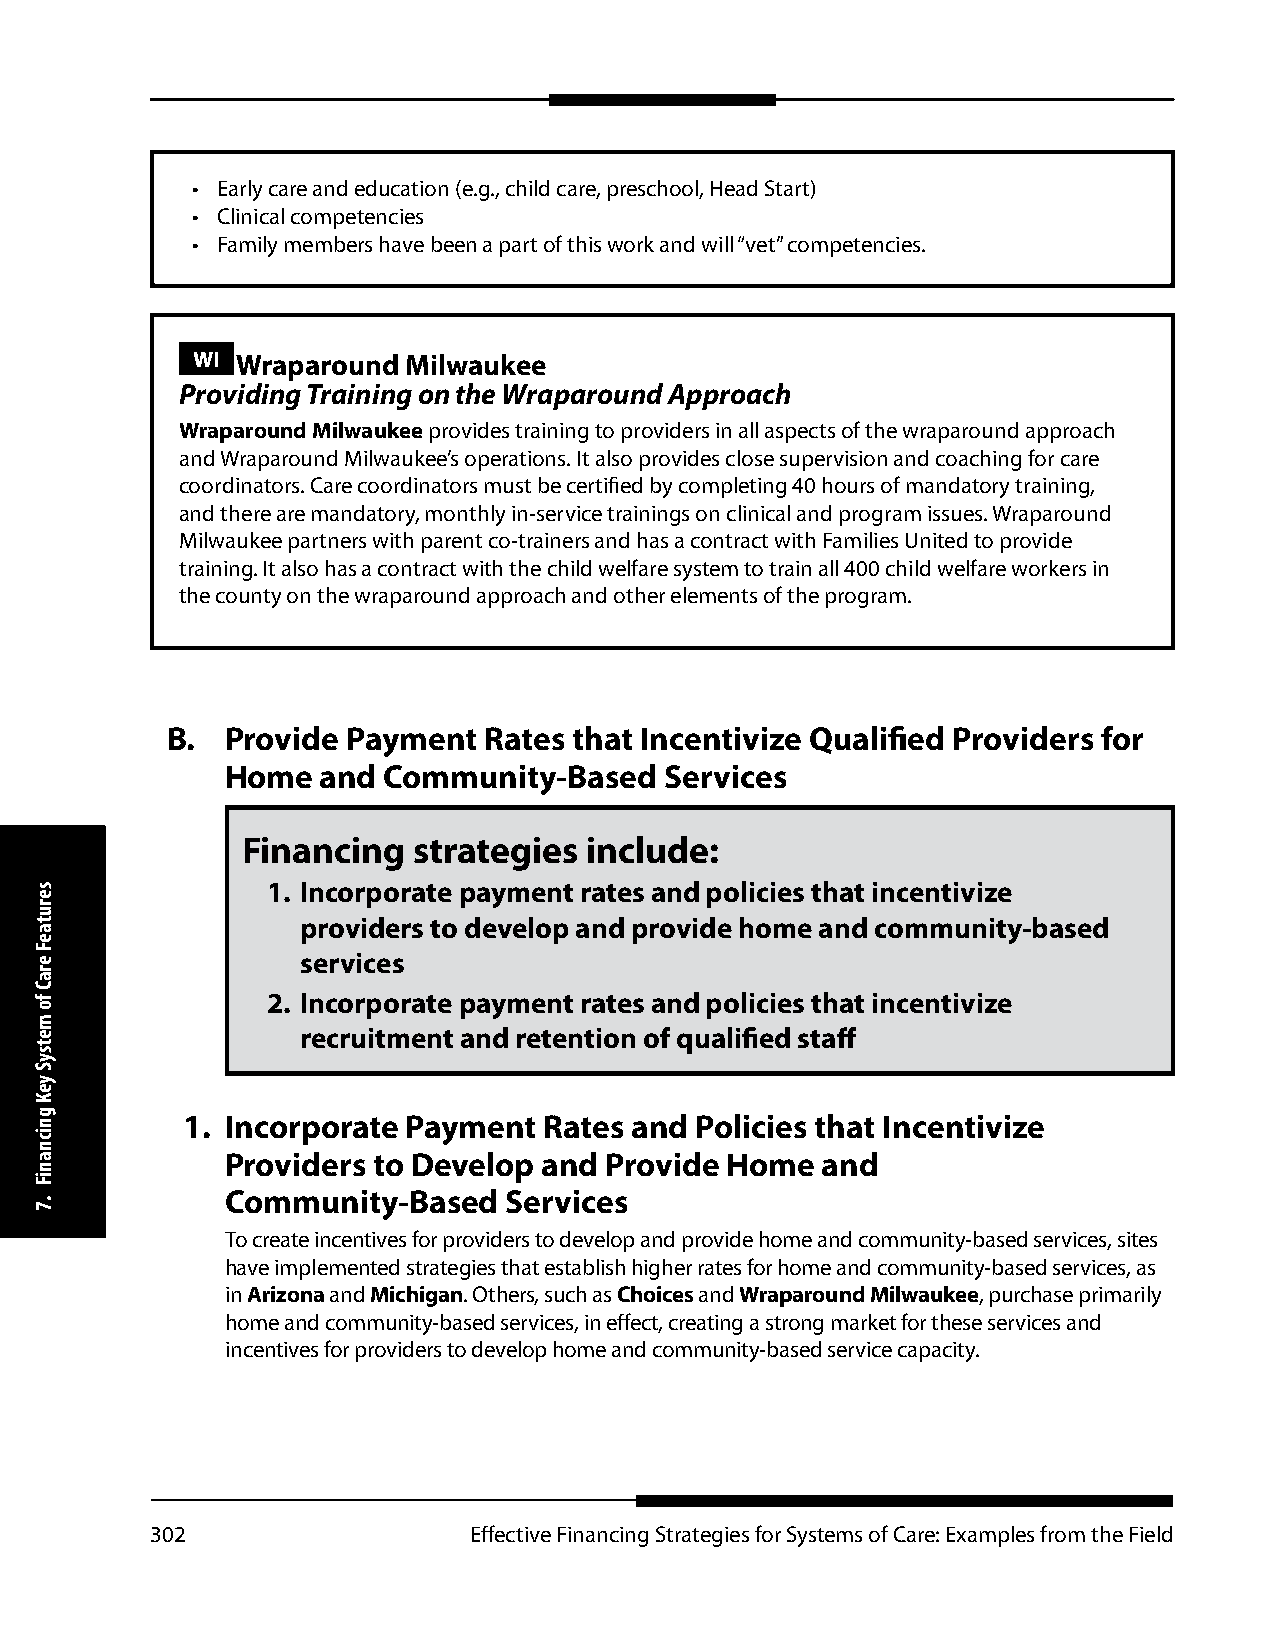
• Early care and education (e.g., child care, preschool, Head Start)
 • Clinical competencies
 • Family members have been a part of this work and will “vet” competencies.
 WI Wraparound Milwaukee
 Providing Training on the Wraparound Approach
 Wraparound Milwaukee provides training to providers in all aspects of the wraparound approach
 and Wraparound Milwaukee’s operations. It also provides close supervision and coaching for care
 coordinators. Care coordinators must be certified by completing 40 hours of mandatory training,
 and there are mandatory, monthly in-service trainings on clinical and program issues. Wraparound
 Milwaukee partners with parent co-trainers and has a contract with Families United to provide
 training. It also has a contract with the child welfare system to train all 400 child welfare workers in
 the county on the wraparound approach and other elements of the program.
 B.  Provide Payment  Rates that Incentivize Qualified Providers for
 Home  and Community-Based    Services
 Financing  strategies  include:
 1. Incorporate payment rates and policies that incentivize
 providers to develop and provide home and community-based
 services
 2. Incorporate payment rates and policies that incentivize
 recruitment and retention of qualified staff
 1. Incorporate Payment  Rates and Policies that Incentivize
 Providers to Develop and Provide Home  and
 Community-Based   Services
 To create incentives for providers to develop and provide home and community-based services, sites
 have implemented strategies that establish higher rates for home and community-based services, as
 in Arizona and Michigan. Others, such as Choices and Wraparound Milwaukee, purchase primarily
 home and community-based services, in effect, creating a strong market for these services and
 incentives for providers to develop home and community-based service capacity.
 302                  Effective Financing Strategies for Systems of Care: Examples from the Field
 serutaeF
 eraC
 fo
 metsyS
 yeK
 gnicnaniF
 .7